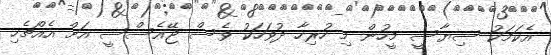
އެކަމަކު ސިޔާސީ މީހުން މި ހުރިހާ ދުވަހަކު ވެސް ޖޭއެސްސީ އަށް އެއްޗެހި